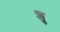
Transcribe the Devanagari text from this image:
श्र्